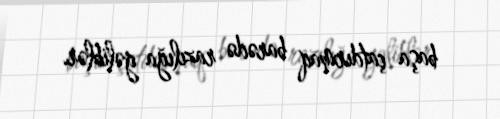
başa çatdırmaq barədə razılığa gəliblər.